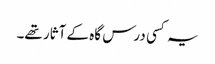
یہ کسی درس گاہ کے آثار تھے۔